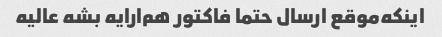
اینکه‌موقع ارسال حتما فاکتور هم‌ارایه بشه عالیه